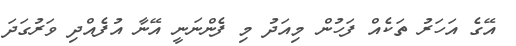
އޭގެ އަހަރު ތަކެއް ފަހުން މިއަދު މި ފެންނަނީ އޭނާ އުފެއްދި ވަރުގަދަ